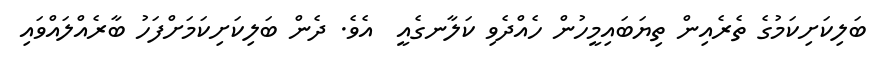
ބަލިކަށިކަމުގެ ތެރެއިން ތިޔަބައިމީހުން ހެއްދެވި ކަލާނގެއީ  އެވެ. ދެން ބަލިކަށިކަމަށްފަހު ބާރެއްލައްވައި